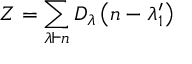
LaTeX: Z = \sum _ { \lambda \vdash n } D _ { \lambda } \left( n - \lambda _ { 1 } ^ { \prime } \right)